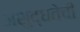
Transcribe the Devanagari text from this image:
अशुद्धतेची